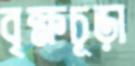
বৃক্ষচূড়া